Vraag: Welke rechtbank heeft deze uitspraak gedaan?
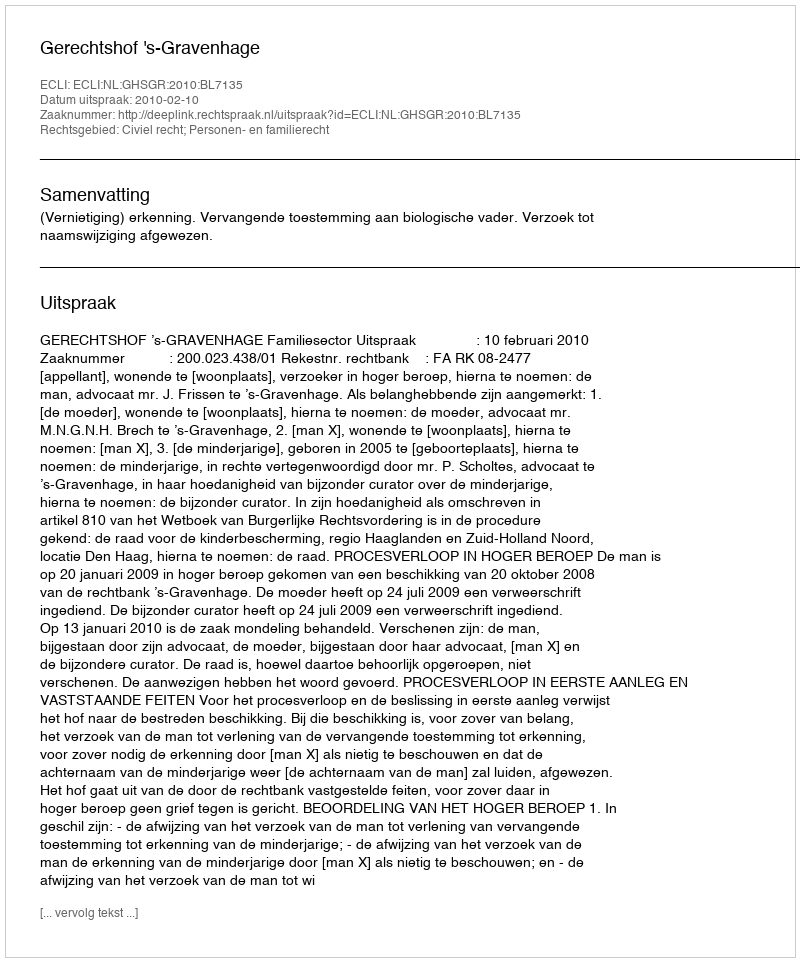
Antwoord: Gerechtshof 's-Gravenhage